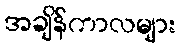
အချိန်ကာလများ